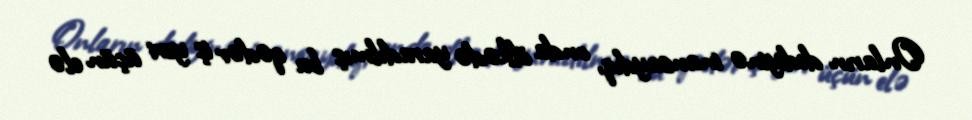
Onların dediyinə inansaydıq, onda ölkədə yaradılmış bu qədər iş yeri üçün elə